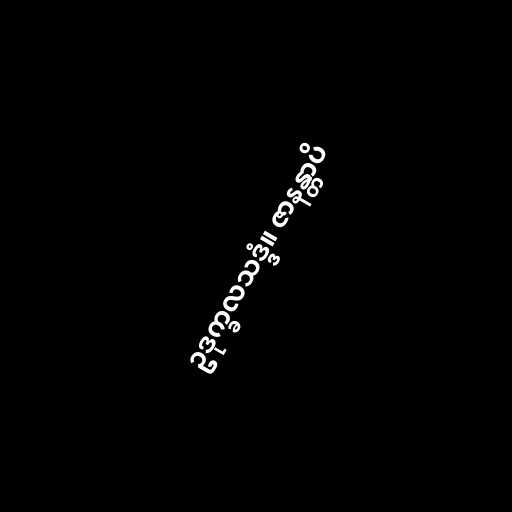
ဥဒုက္ခလသဒ္ဒံ။ ဇာနန္တာပိ